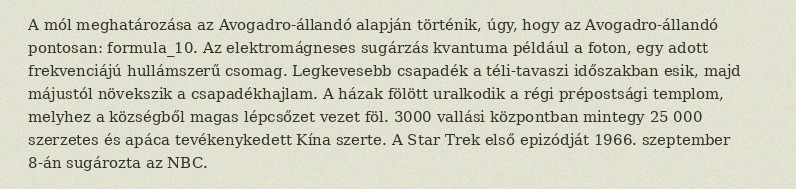
A mól meghatározása az Avogadro-állandó alapján történik, úgy, hogy az Avogadro-állandó pontosan: formula_10. Az elektromágneses sugárzás kvantuma például a foton, egy adott frekvenciájú hullámszerű csomag. Legkevesebb csapadék a téli-tavaszi időszakban esik, majd májustól növekszik a csapadékhajlam. A házak fölött uralkodik a régi prépostsági templom, melyhez a községből magas lépcsőzet vezet föl. 3000 vallási központban mintegy 25 000 szerzetes és apáca tevékenykedett Kína szerte. A Star Trek első epizódját 1966. szeptember 8-án sugározta az NBC.